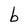
Character: b